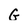
Character: G